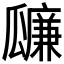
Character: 𤬚